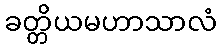
ခတ္တိယမဟာသာလံ